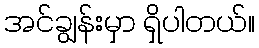
အင်ချွန်းမှာ ရှိပါတယ်။